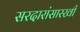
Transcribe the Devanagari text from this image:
सरदारांसारखी